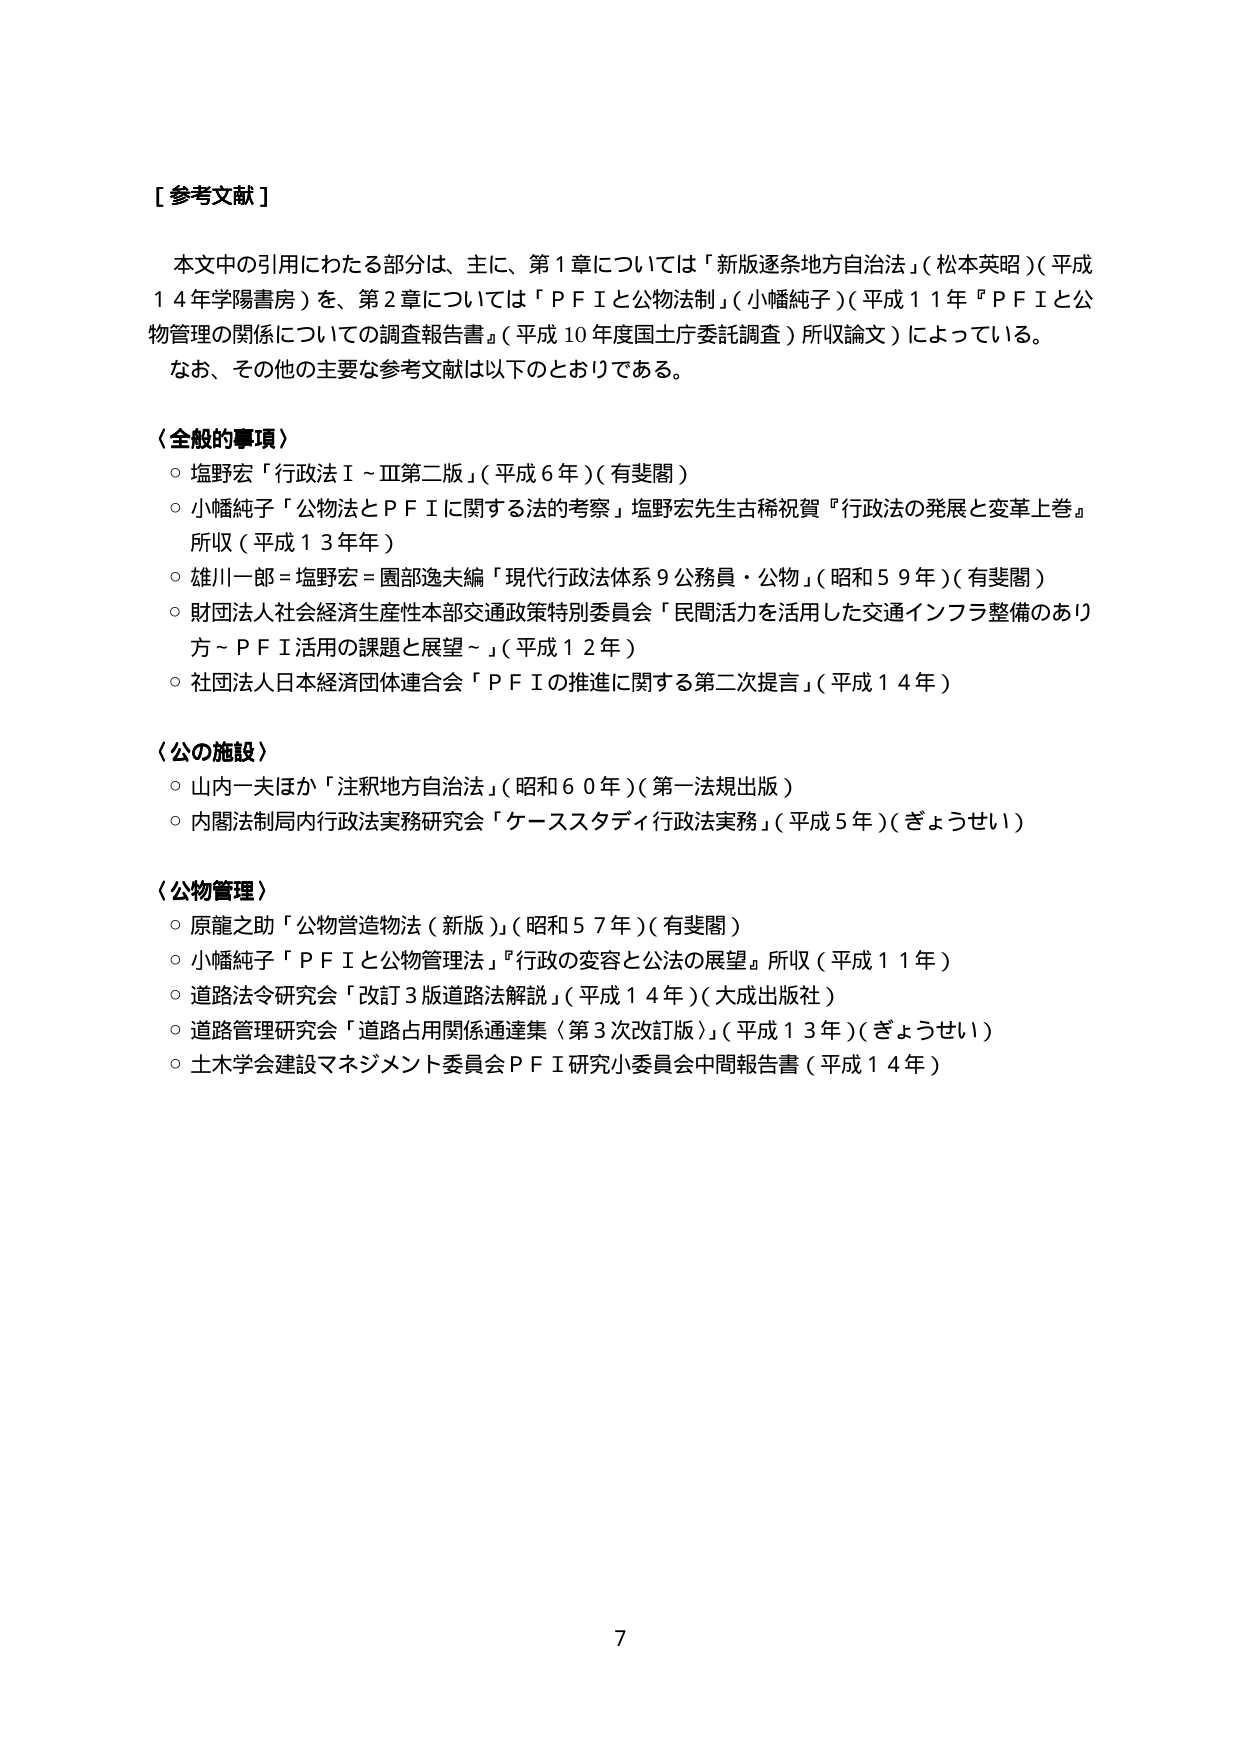
[ 参考文献 ]

本文中の引用にわたる部分は、主に、第１章については「新版逐条地方自治法」（松本英昭）（平成１４年学陽書房）を、第２章については「ＰＦＩと公物法制」（小幡純子）（平成１１年『ＰＦＩと公物管理の関係についての調査報告書』（平成１０年度国土庁委託調査）所収論文）によっている。
なお、その他の主要な参考文献は以下のとおりである。

〈全般的事項〉
○ 塩野宏「行政法Ⅰ～Ⅲ第二版」（平成６年）（有斐閣）
○ 小幡純子「公物法とＰＦＩに関する法的考察」塩野宏先生古稀祝賀『行政法の発展と変革上巻』所収（平成１３年）
○ 雄川一郎＝塩野宏＝園部逸夫編「現代行政法体系９公務員・公物」（昭和５９年）（有斐閣）
○ 財団法人社会経済生産性本部交通政策特別委員会「民間活力を活用した交通インフラ整備のあり方～ＰＦＩ活用の課題と展望～」（平成１２年）
○ 社団法人日本経済団体連合会「ＰＦＩの推進に関する第二次提言」（平成１４年）

〈公の施設〉
○ 山内一夫ほか「注釈地方自治法」（昭和６０年）（第一法規出版）
○ 内閣法制局内行政法実務研究会「ケーススタディ行政法実務」（平成５年）（ぎょうせい）

〈公物管理〉
○ 原龍之助「公物営造物法（新版）」（昭和５７年）（有斐閣）
○ 小幡純子「ＰＦＩと公物管理法」『行政の変容と公法の展望』所収（平成１１年）
○ 道路法令研究会「改訂３版道路法解説」（平成１４年）（大成出版社）
○ 道路管理研究会「道路占用関係通達集（第３次改訂版）」（平成１３年）（ぎょうせい）
○ 土木学会建設マネジメント委員会ＰＦＩ研究小委員会中間報告書（平成１４年）

7